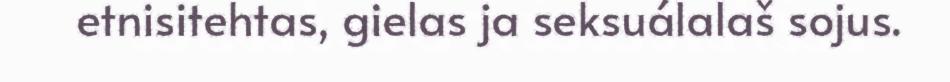
etnisitehtas, gielas ja seksuálalaš sojus.